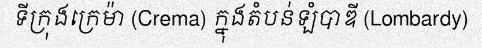
ទីក្រុងក្រេម៉ា (Crema) ក្នុងតំបន់ឡំបាឌី (Lombardy)